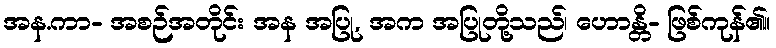
အန.ကာ- အစဉ်အတိုင်း အန အပြု, အက အပြုတို့သည်၊ ဟောန္တိ- ဖြစ်ကုန်၏။